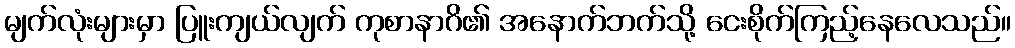
မျက်လုံးများမှာ ပြူးကျယ်လျက် ကုစာနာဂိ၏ အနောက်ဘက်သို့ ငေးစိုက်ကြည့်နေလေသည်။